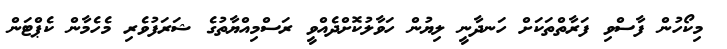
މިކޯހުން ފާސްވި ފަރާތްތަކަށް ހަނދާނީ ލިޔުން ހަވާލުކޮށްދެއްވީ ރަސްމިއްޔާތުގެ ޝަރަފުވެރި މެހެމާން ކެޕްޓަން